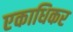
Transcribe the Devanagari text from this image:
एकाधिकर